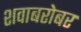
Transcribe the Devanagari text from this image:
शवाबरोबर